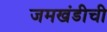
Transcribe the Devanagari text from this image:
जमखंडीची